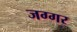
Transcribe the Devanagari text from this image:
जग्गर